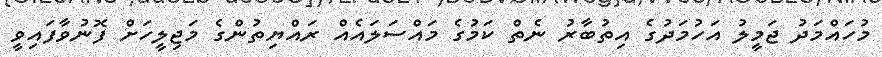
މުހައްމަދު ޖަމީލު އަހުމަދުގެ އިތުބާރު ނެތް ކަމުގެ މައްސަލައެއް ރައްޔިތުންގެ މަޖިލީހަށް ފޮނުވާފައިވީ